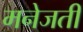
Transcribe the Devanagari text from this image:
मनेजती